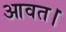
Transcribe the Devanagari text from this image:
आवत।